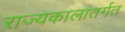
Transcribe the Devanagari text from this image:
राज्यकालांतर्गत